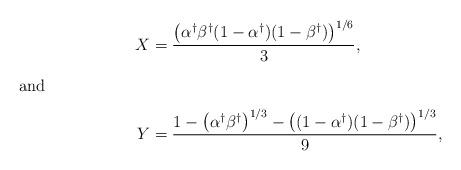
LaTeX: \begin{align*}X&=\frac{\left(\alpha^\dagger\beta^\dagger(1-\alpha^\dagger)(1-\beta^\dagger)\right)^{1/6}}{3},\intertext{and}Y&=\frac{1-\left(\alpha^\dagger\beta^\dagger\right)^{1/3}-\left((1-\alpha^\dagger)(1-\beta^\dagger)\right)^{1/3}}{9},\end{align*}